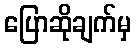
ပြောဆိုချက်မှ